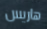
هاريس